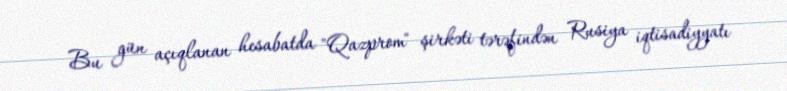
Bu gün açıqlanan hesabatda "Qazprom" şirkəti tərəfindən Rusiya iqtisadiyyatı